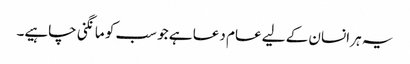
یہ ہر انسان کے لیے عام دعا ہے جو سب کو مانگنی چاہیے۔